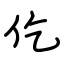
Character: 仡